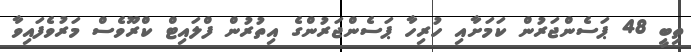
ތިބީ 48 ޕަސެންޖަރުން ކަމަށާއި ހުރިހާ ޕަސެންޖަރުންގެ އިތުރުން ފްލައިޓް ކްރޫވެސް މަރުވެފައިވާ